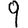
Digit: 9